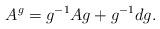
LaTeX: \begin{align*}A^{g} = g^{-1} A g +g^{-1}dg. \end{align*}